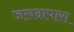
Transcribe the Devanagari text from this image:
जलदापारा